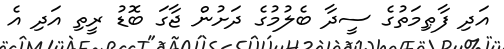
އަދި ފާޠިމަތުގެ ސީދާ ބެލުމުގެ ދަށުން ޖާގަ ބޮޑު ރީތި އަދި އެ